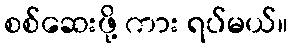
စစ်ဆေးဖို့ ကား ရပ်မယ်။